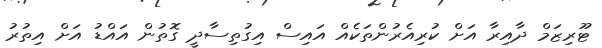
ޓޫރިޒަމް ދާއިރާ އަށް ކުރިއެރުންތަކެއް އައިސް އިގުތިސާދީ ގޮތުން އައްޑު އަށް އިތުރު